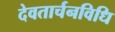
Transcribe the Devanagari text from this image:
देवतार्चनविधि